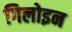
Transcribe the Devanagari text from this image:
गिलोइन